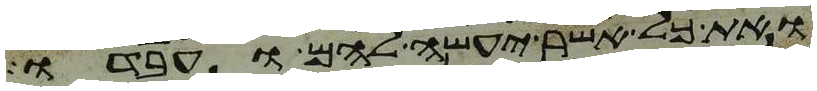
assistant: ואת כל אשר יעשה להם ועבדו